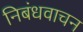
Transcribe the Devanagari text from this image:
निबंधवाचन